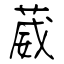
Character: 葳